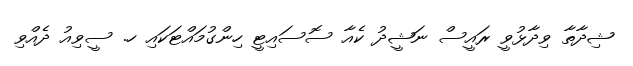
ޝިދާތާ ވިދާޅުވީ ރައީސް ނަޝީދު ކެއާ ސޮސައިޓީ ހިންގުމައްޓަކައި ހ. ސީވިއު ދެއްވި